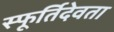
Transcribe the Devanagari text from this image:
स्फूर्तिदेवता